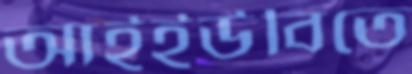
আইইউবিতে